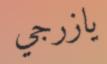
يازرجي